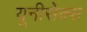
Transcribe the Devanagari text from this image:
यूनीसेक्स